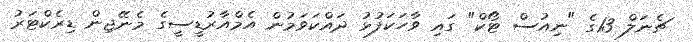
ޗެނަލް 13ގެ "ނިއުސް ޓޯކް" ގައި ވާހަކަފުޅު ދައްކަވަމުން އެމްއާރުޑީސީގެ މެނޭޖިން ޑިރެކްޓަރު